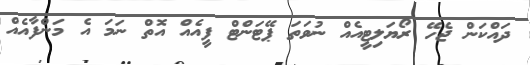
ދައްކަން ޖެހޭ ރޯޔަލިޓީއެއް ނުވަތަ ޕޭޓަންޓް ފީއެއް އޮތް ނަމަ އެ މަންފާއެއް